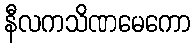
နီလကသိဏမေကော